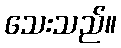
သေးသည်။